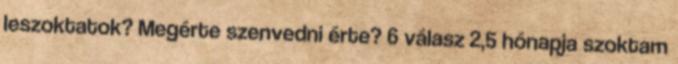
leszoktatok? Megérte szenvedni érte? 6 válasz 2,5 hónapja szoktam